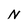
Character: N